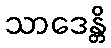
သာဒေန္တိ